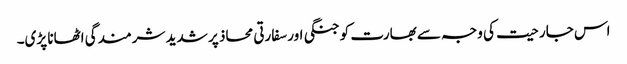
اس جارحیت کی وجہ سے بھارت کو جنگی اور سفارتی محاذ پر شدید شرمندگی اٹھانا پڑی۔